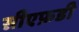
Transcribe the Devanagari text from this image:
सीएफ़डी